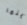
أينما